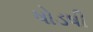
ષોડષી